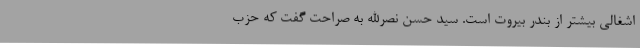
اشغالی بیشتر از بندر بیروت است. سید حسن نصرالله به صراحت گفت که حزب